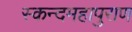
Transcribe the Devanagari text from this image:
स्कन्दमहापुराण